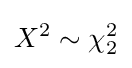
X^{2}\sim \chi _{2}^{2}